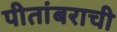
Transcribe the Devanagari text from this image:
पीतांबराची